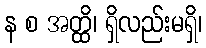
န စ အတ္ထိ၊ ရှိလည်းမရှိ၊